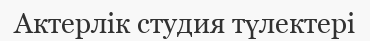
Актерлік студия түлектері